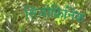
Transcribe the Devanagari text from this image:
सिजोफ्रिनिक